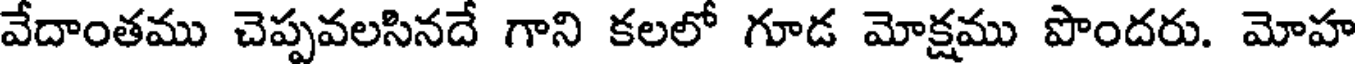
వేదాంతము చెప్పవలసినదే గాని కలలో గూడ మోక్షము పొందరు. మోహ